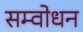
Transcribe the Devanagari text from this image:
सम्वोधन